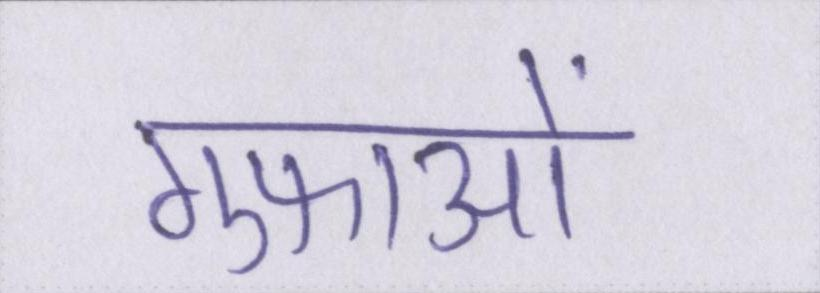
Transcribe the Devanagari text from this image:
गुफाओं